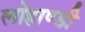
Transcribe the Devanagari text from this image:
लोहाण्डी